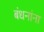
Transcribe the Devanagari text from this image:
बंधनांना